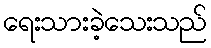
ရေးသားခဲ့သေးသည်